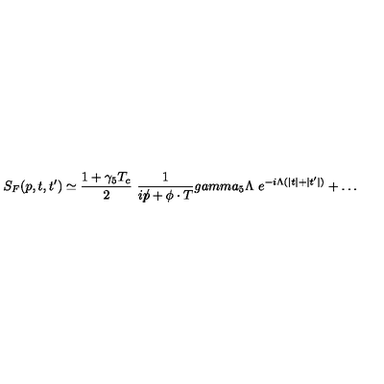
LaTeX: S _ { F } ( p , t , t ^ { \prime } ) \simeq { \frac { 1 + \gamma _ { 5 } T _ { c } } { 2 } } \ { \frac { 1 } { i p \! \! \! / + \phi \cdot T } } g a m m a _ { 5 } \Lambda \ e ^ { - i \Lambda ( \vert t \vert + \vert t ^ { \prime } \vert ) } + \dots